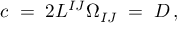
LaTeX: c \; = \; 2 L ^ { I J } \Omega _ { I J } \; = \; D \, ,